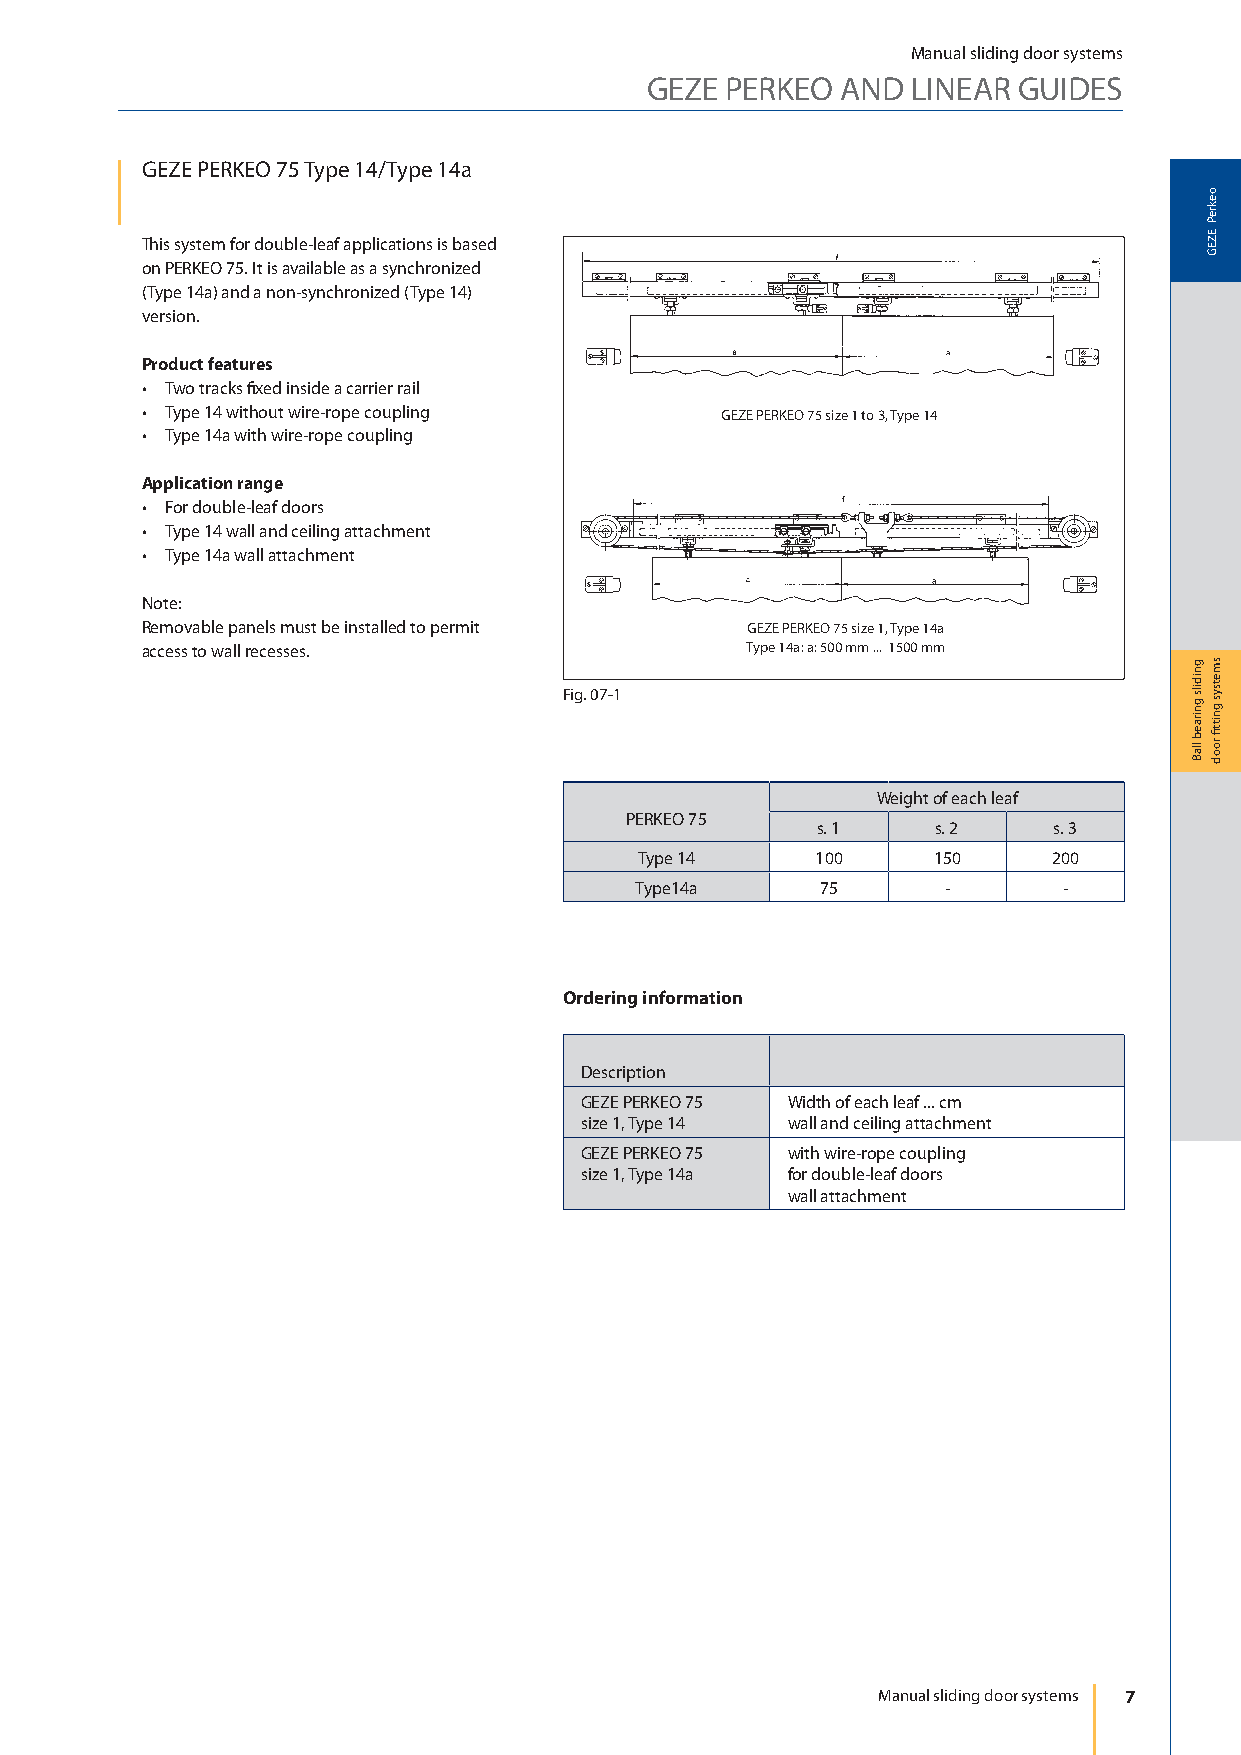
Manual sliding door systems
 GEZE PERKEO  AND LINEAR GUIDES
 GEZE P ERKEO 75 Type 14/Type 14a
 This system for double-leaf applications is based
 on PERKEO 75. It is available as a synchronized
 (Type 14a) and a non-synchronized (Type 14)
 version.
 Product features
 • Two tracks fi xed inside a carrier rail
 • Type 14 without wire-rope coupling   GEZE PERKEO 75 size 1 to 3, Type 14
 • Type 14a with wire-rope coupling
 Application range
 • For double-leaf doors
 • Type 14 wall and ceiling attachment
 • Type 14a wall attachment
 Note:
 Removable panels must be installed to permit GEZE PERKEO 75 size 1, Type 14a
 access to wall recesses.                Type 14a: a: 500 mm ... 1500 mm
 Fig. 07-1
 Weight of each leaf
 PERKEO 75
 s. 1    s. 2    s. 3
 Type 14     100     150     200
 Type14a     75      -       -
 Ordering information
 Description
 GEZE PERKEO 75 Width of each leaf ... cm
 size 1, Type 14 wall and ceiling attachment
 GEZE PERKEO 75 with wire-rope coupling
 size 1, Type 14a for double-leaf doors
 wall attachment
 Manual sliding door systems 7
 gnidils
 gniraeb
 llaB
 oekreP
 EZEG
 smetsys
 gnittfi
 rood